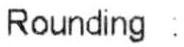
ROUNDING :